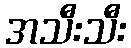
အသီးသီး